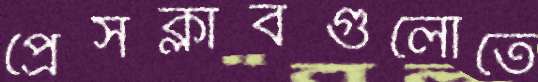
প্রেসক্লাবগুলোতে